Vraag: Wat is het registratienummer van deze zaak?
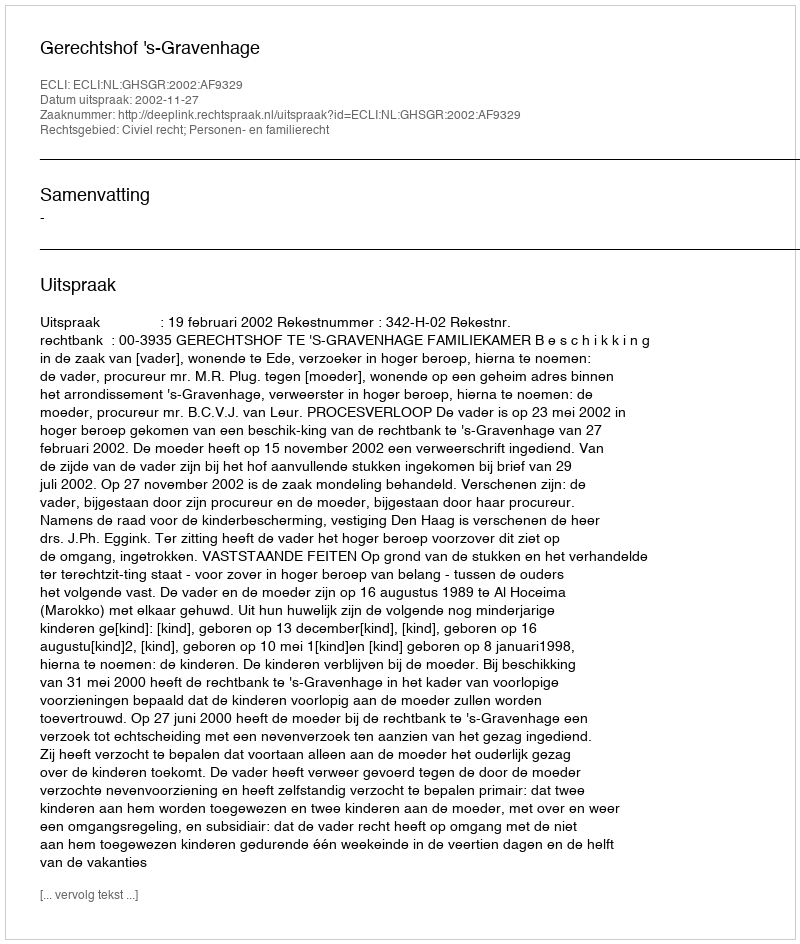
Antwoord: http://deeplink.rechtspraak.nl/uitspraak?id=ECLI:NL:GHSGR:2002:AF9329